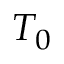
T _ { 0 }